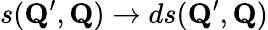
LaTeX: s(\mathbf{Q}^{\prime},\mathbf{Q})\to ds(\mathbf{Q}^{\prime},\mathbf{Q})